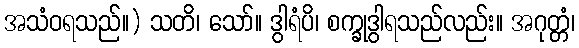
အသံဝရသည်။) သတိ၊ သော်။ ဒွါရံပိ၊ စက္ခုဒွါရသည်လည်း။ အဂုတ္တံ၊